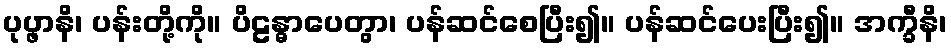
ပုပ္ဖာနိ၊ ပန်းတို့ကို။ ပိဠန္ဓာပေတွာ၊ ပန်ဆင်စေပြီး၍။ ပန်ဆင်ပေးပြီး၍။ အက္ခီနိ၊